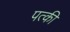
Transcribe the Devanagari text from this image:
पत्‍की